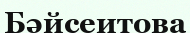
Бәйсеитова